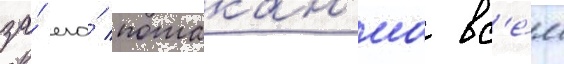
за́ его́ потакан'иа вс'е́м